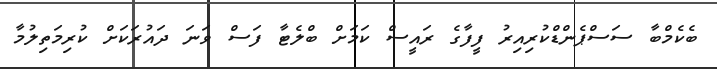
ބެކެމްބާ ސަސްޕެންޑްކުރިއިރު ފީފާގެ ރައީސް ކަމަށް ބްލެޓާ ފަސް ވަނަ ދައުރަކަށް ކުރިމަތިލުމާ